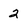
Character: 2